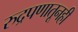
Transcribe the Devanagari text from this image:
रुद्रपणातूनही